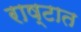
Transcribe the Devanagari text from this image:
राष्टात